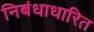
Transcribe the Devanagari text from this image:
निबंधाधारित